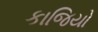
કાજિયો